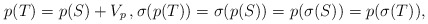
\begin{align*}p(T)=p(S)+V_{p}\, ,\sigma(p(T))=\sigma(p(S))=p(\sigma(S))=p(\sigma(T)),\end{align*}